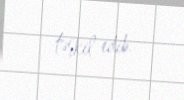
təşkil edib.